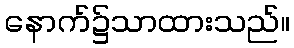
နောက်၌သာထားသည်။